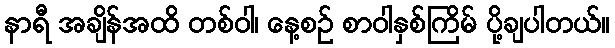
နာရီ အချိန်အထိ တစ်ဝါ၊ နေ့စဉ် စာဝါနှစ်ကြိမ် ပို့ချပါတယ်။